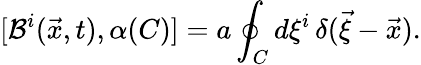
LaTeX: [{\cal B}^{i}(\vec{x},t),\alpha(C)]=a\oint_{C}d\xi^{i}\, \delta(\vec{\xi}-\vec{x}).